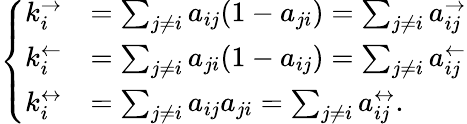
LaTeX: \left\{ \begin{array}{ll}{k_{i}^{\rightarrow}}&{=\sum_{j\neq i}a_{ij}(1-a_{ji})=\sum_{j\neq i}a_{ij}^{\rightarrow}}\\ {k_{i}^{\leftarrow}}&{=\sum_{j\neq i}a_{ji}(1-a_{ij})=\sum_{j\neq i}a_{ij}^{\leftarrow}}\\ {k_{i}^{\leftrightarrow}}&{=\sum_{j\neq i}a_{ij}a_{ji}=\sum_{j\neq i}a_{ij}^{\leftrightarrow}.}\end{array}\right.